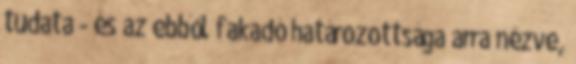
tudata - és az ebből fakadó határozottsága arra nézve,